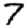
Digit: 7